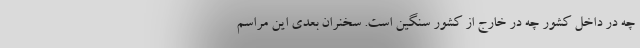
چه در داخل کشور چه در خارج از کشور سنگین است. سخنران بعدی این مراسم